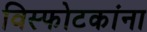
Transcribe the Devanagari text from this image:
विस्फोटकांना